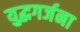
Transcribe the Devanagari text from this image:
युद्धगर्जना